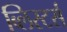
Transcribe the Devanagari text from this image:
ब्लिस्टर्स